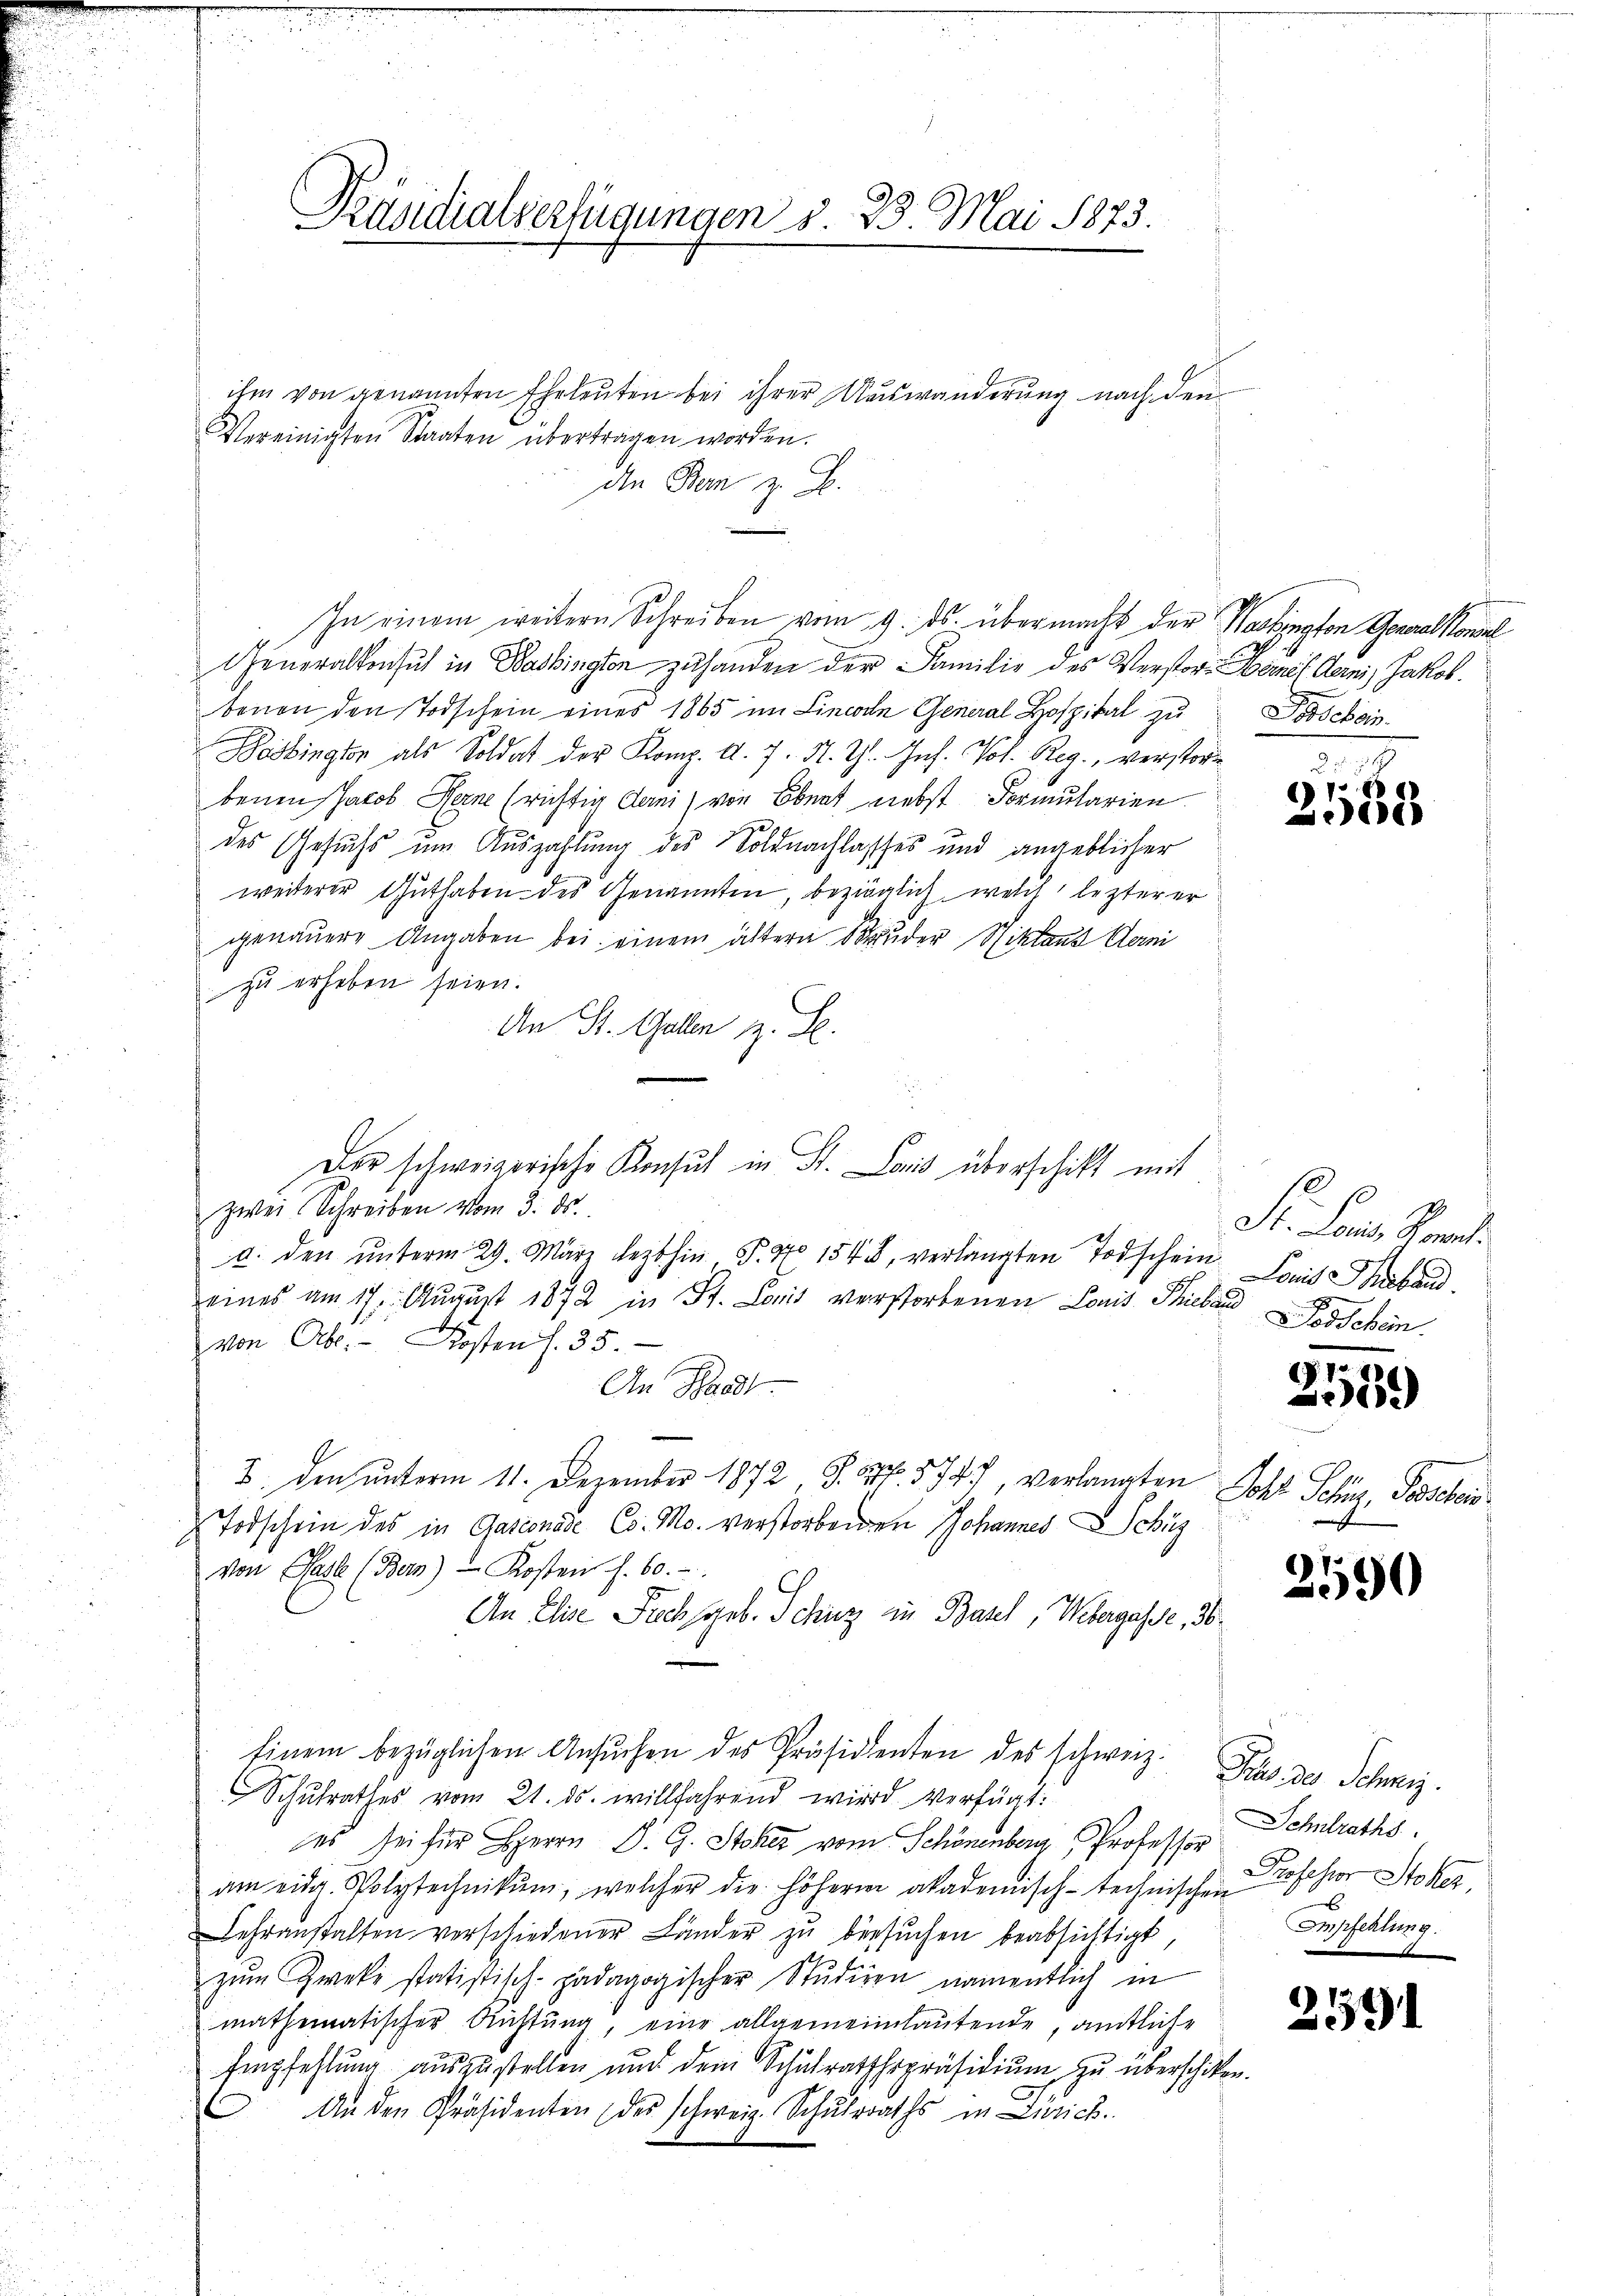
Vereinigten Staaten übertragen worden.

Präsidialverfügungen § 23 Mai 1873.

ihm von genannten Eheleuten bei ihrer Auswanderung nach den
die Bern z. B.
In einem weitern Schreiben vom 9. ds. übermacht der Washington Generalkonsul
Generalten sich in Washington zu handen der Familie des Verstor-Manes Aerni, Jakob.
benen den Todschein eines 1865 im Lincon General Hospital zu
Bobingter als Soldat der Komp. d. 7. N. Th. Ins. Vol. Reg., verstorbenen Jacob Herne (richtig Deni) von Ebnat nebst Formularien
des Gesuchs um Auszahlung des Soldnachlasses und angeblicher
weiterer Guthaben des Genannten, bezöglich, welch lezterer
genauere Angaben bei einem ältern Bruder Niktand Berni
zŭ erheben seien.
An St. Gallen z. B.
zwei Schreiben vom 3. ds.
d. den ŭnterm 29. März lezthin, S. 47. 1548, verlangten Todschein Seit habend
eines am 17. August 1872 in St. Lonis verstorbenen Louis Thiebend Forschein
von Abl. Kosten s. 35.
An Waadt.
8. den unterm 11. Dezember 1872, S. 3. 5747, verlangten
Todschein des in Gasconode Co. Mo. verstorbenen Johannes Schüz
von Pässe (Bern) u Kosten f. 60.
An Elise Prech geb. Schutz in Basel, Webergasse, 30.
Einem bezüglichen Ansŭchen des Präsidenten des schweiz. Johs. des Schweiz.
Schŭlrathes vom 21. ds. willfahrend wird verfügt:
es sei für Herrn P. G. Stoker vom Schönenberg Professor
am eidg. Wolytechnikum, welcher die höhern akademisch-technischen
Lehranstalten verschiedener Länder zu besuchen beabsichtigt,
zŭm Zweke statistisch-padagogischer Studiren namentlich in
mathematischer Richtung, eine allgemeinlautende, amtliche
Empfehlung auszustellen und dem Schulrathspräsidium zu überschikten
An den Präsidenten (des schweiz. Schulraths in Zürich.

Der schweizerische Konsul in St. Loris überschikt mit

Poschein

d. d. 16
)
38

Fr. Lors Stra

.1
59

Soll Schlug, Paschen.

2590

Schulraths
Professor Stoker,
Empfehlung.

2591